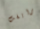
برايفت